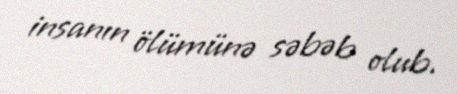
insanın ölümünə səbəb olub.